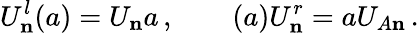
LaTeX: U_{\mathbf n}^{l}(a)=U_{\mathbf n}a\, ,\qquad(a)U_{\mathbf n}^{r}=aU_{A\mathbf n}\, .